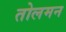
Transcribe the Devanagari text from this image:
तोलमन